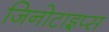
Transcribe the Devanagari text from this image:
जिनोटाइप्स